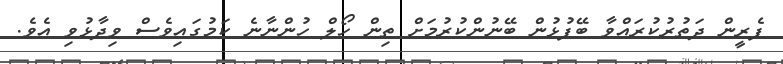
ފެރީން ދަތުރުކުރައްވާ ބޭފުޅުން ބޭނުންކުރުމަށް ތިން ހޯލް ހުންނާނެ ކަމުގައިވެސް ވިދާޅުވި އެވެ.